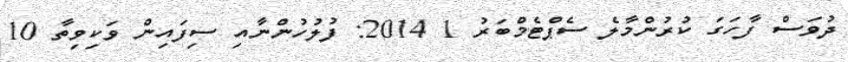
ދުވަސް ފާހަގަ ކުރުންމާލެ ސެޕްޓެމްބަރު 1 2014: ފުލުހުންނާއި ސިފައިން ވަކިވިތާ 10